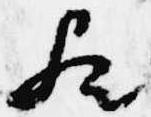
歟